Scottish Education Department, 1921
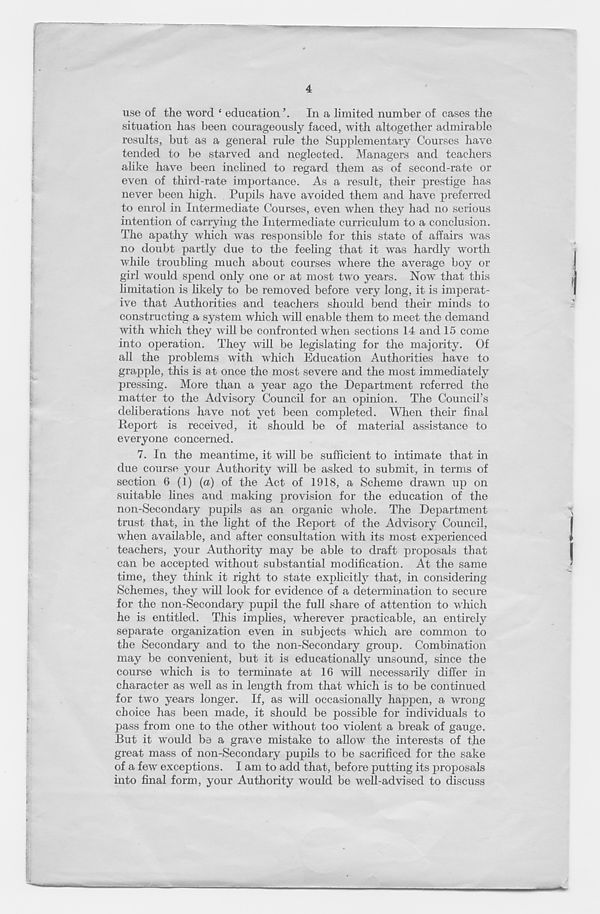
4
use of the word e education
In a limited number of cases the
situation has been courageously faced, with altogether admirable
results, but as a general rule the Supplementary Courses have
tended to be starved and neglected. Managers and teachers
alike have been inchned to regard them as of second-rate or
even of third-rate importance. As a result, their prestige has
never been high. Pupils have avoided them and have preferred
to enrol in Intermediate Courses, even when they had no serious
intention of carrying the Intermediate curriculum to a conclusion.
The apathy which was responsible for this state of affairs was
no doubt partly due to the feeling that it was hardly worth
while troubling much about courses where the average boy or
girl would spend only one or at most two years. Now that this
limitation is likely to be removed before very long, it is imperat-
ive that Authorities and teachers should bend their minds to
constructing a system which will enable them to meet the demand
with which they will be confronted when sections 14 and 15 come
into operation. They will be legislating for the majority. Of
all the problems with which Education Authorities have to
grapple, this is at once the most severe and the most immediately
pressing. More than a year ago the Department referred the
matter to the Advisory Council for an opinion. The Council’s
deliberations have not yet been completed. When their final
Report is received, it should be of material assistance to
everyone concerned.
7. In the meantime, it will be sufficient to intimate that in
due course your Authority will be asked to submit, in terms of
section 6 (1) (a) of the Act of 1918, a Scheme drawn up on
suitable lines and making provision for the education of the
non-Secondary pupils as an organic whole. The Department
trust that, in the light of the Report of the Advisory Council,
when available, and after consultation with its most experienced
teachers, your Authority may be able to draft proposals that
can be accepted without substantial modification. At the same
time, they think it right to state exjilicitly that, in considering
Schemes, they will look for evidence of a determination to secure
for the non-Secondary pupil the full share of attention to which
he is entitled. This implies, wherever practicable, an entirely
separate organization even in subjects which are common to
the Secondary and to the non-Secondary group. Combination
may be convenient, but it is educationally unsound, since the
course which is to terminate at 16 will necessarily differ in
character as well as in length from that which is to be continued
for two years longer. If, as will occasionally happen, a wrong
choice has been made, it should be possible for individuals to
pass from one to the other without too violent a break of gauge.
But it would be a grave mistake to allow the interests of the
great mass of non-Secondary pupils to be sacrificed for the sake
of a few exceptions. I am to add that, before putting its proposals
into final form, your Authority would be well-advised to discuss